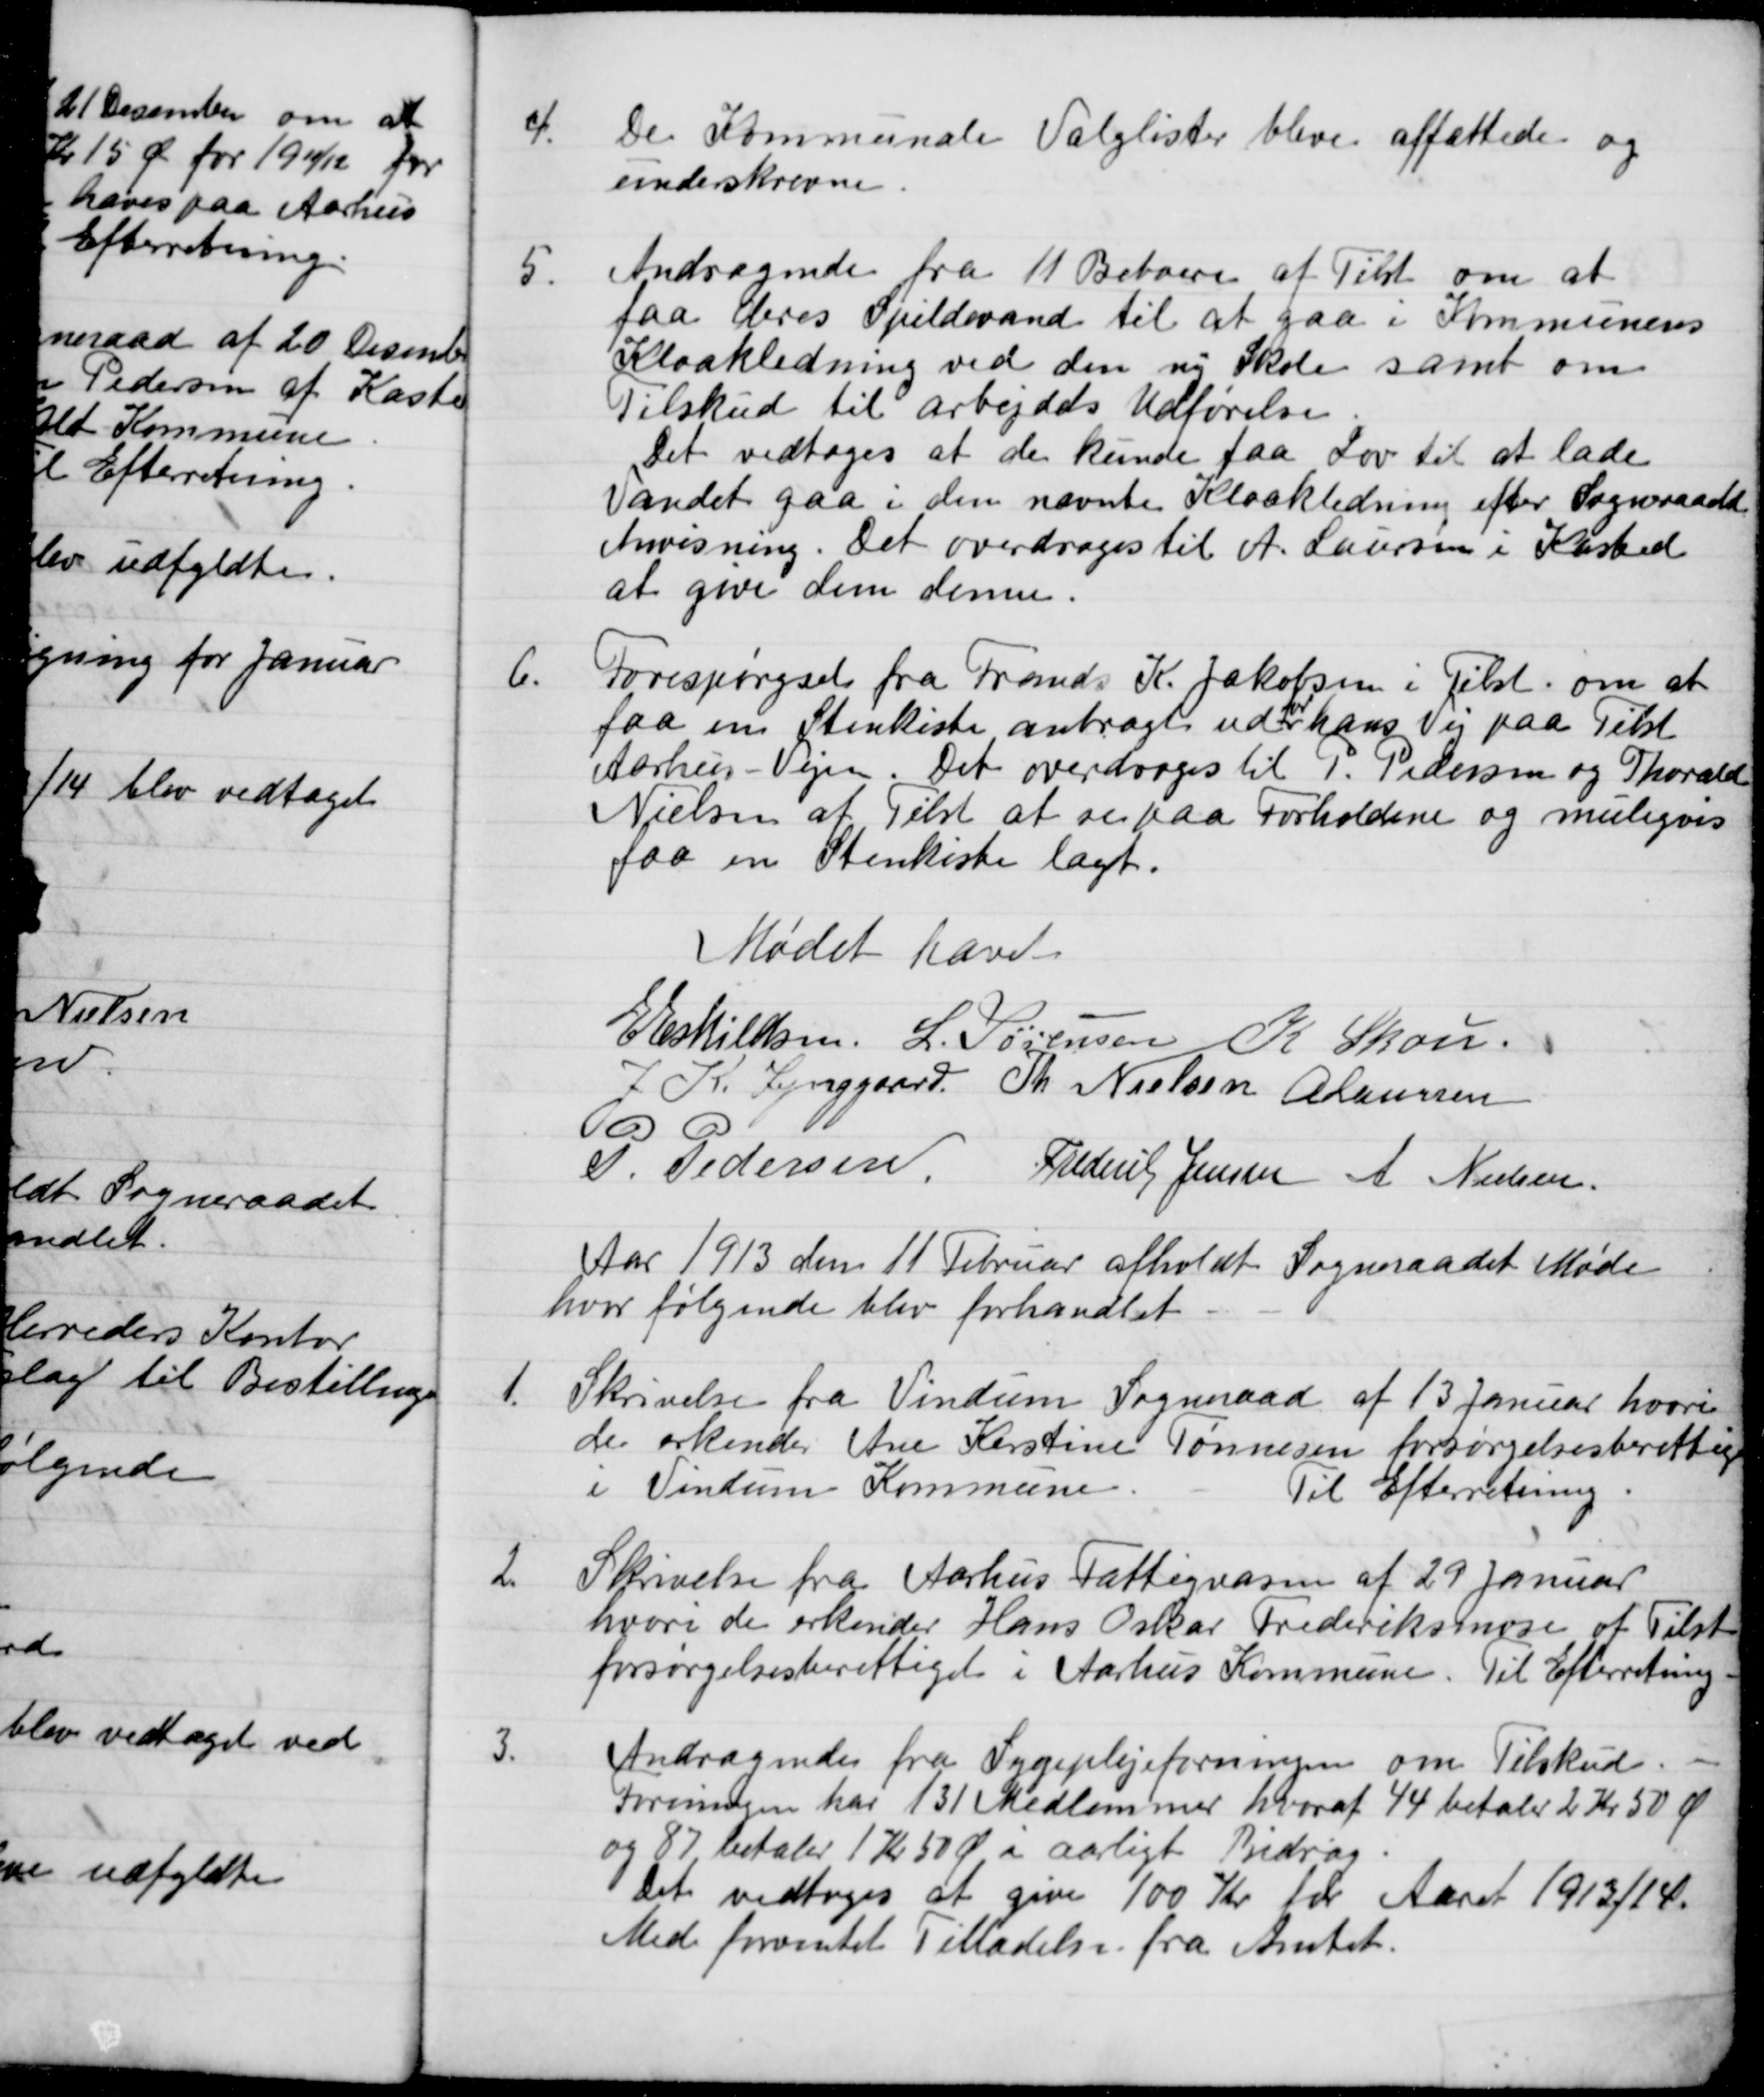
Transskription:
4.
De Kommunale Valglister bleve affattede og
underskrevne.
5.
Andragende fra 11 Beboere af Tilst om at
faa deres Spildevand til at gaa i Kommunens
Kloakledning ved den ny Skole samt om
Tilskud til arbejdets Udførelse.
Det vedtoges at de kunde faa Lov til at lade
Vandet gaa i den nævnte Kloakledning efter Sogneraadet
Anvisning. Det overdroges til A. Laursen i Kasted
at give dem denne.
6.
Forespørgsel fra Frands K. Jakobsen i Tilst. om at
faa en Stenkiste anbragt ud for hans Vej paa Tilst
Aarhus - Vejen. Det overdroges til P. Pedersen og Thorvald
Nielsen at Tilst at se paa Forholdene og muligvis
faa en Stenkiste lagt.
Mødet hæve
E Eskildsen
L. Sørensen
K. Skou
J. K. Lynggaard
Th. Nielsen
A Laursen
P. Pedersen
Frederik Jensen
A Nielsen
Aar 1913 den 11 Februar afholdt Sogneraadet Møde
hvor følgende blev forhandlet
1.
Skrivelse fra Vindum Sogneraad af 13 Januar hvori
de erkender Ane Kirstine Tønnesen forsørgelsesberettig
i Vindum Kommune.
Til Efterretning.
2
Skrivelse fra Aarhus Fattigvæsen af 29 Januar
hvori de erkender Hans Oskar Frederiksmose af Tilst
forsørgelsesberettiget i Aarhus Kommune.
Til Efterretning.
3.
Andragende fra Sygeplejeforeningen om Tilskud.
Foreningen har 131 Medlemmer hvoraf 44 betaler 2 Kr 50 Ø
og 87 betaler 1 Kr 50 Ø i aarligt Bidrag.
Det vedtoges at give 100 Kr for Aaret 1913/14.
Med forventet Tilladelse fra Amtet.